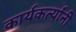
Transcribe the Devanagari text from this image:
कार्यकर्त्यांंनी